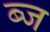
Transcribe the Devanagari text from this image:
ब्ज